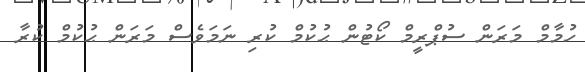
ހުމާމް މަރަން ސުޕްރީމް ކޯޓުން ޙުކުމް ކުރި ނަމަވެސް މަރަން ޙުކުމް ކުރާ